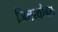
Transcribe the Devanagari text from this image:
जिलाथौबल